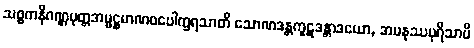
သစ္စကနိဂဏ္ဌပုတ္တအမ္ဗဋ္ဌမာဏဝပေါက္ခရသာတိ သောဏဒန္တကူဋဒန္တာဒယော, အမနုဿပုရိသာပိ